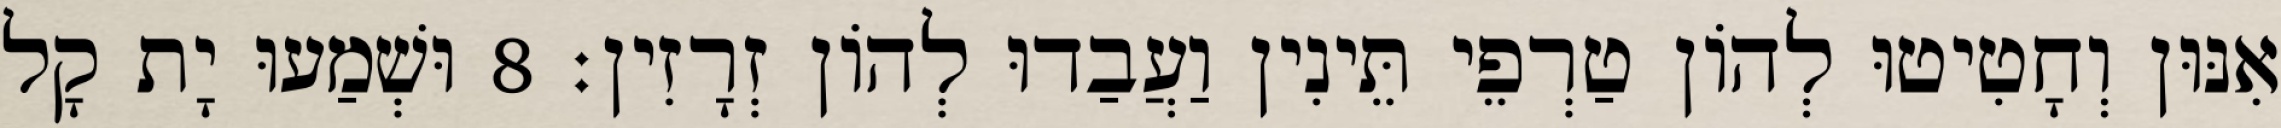
אִנּוּן וְחָטִיטוּ לְהוֹן טַרְפֵי תֵּינִין וַעֲבַדוּ לְהוֹן זְרָזִין׃ 8 וּשְׁמַעוּ יָת קָל